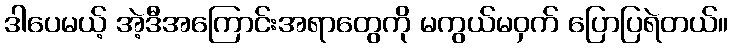
ဒါပေမယ့် အဲ့ဒီအကြောင်းအရာတွေကို မကွယ်မဝှက် ပြောပြရဲတယ်။